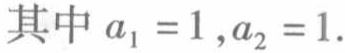
其中 \(a_{1}=1,a_{2}=1.\)